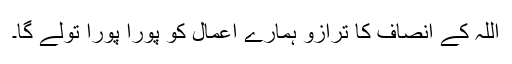
اللہ کے انصاف کا ترازو ہمارے اعمال کو پورا پورا تولے گا۔